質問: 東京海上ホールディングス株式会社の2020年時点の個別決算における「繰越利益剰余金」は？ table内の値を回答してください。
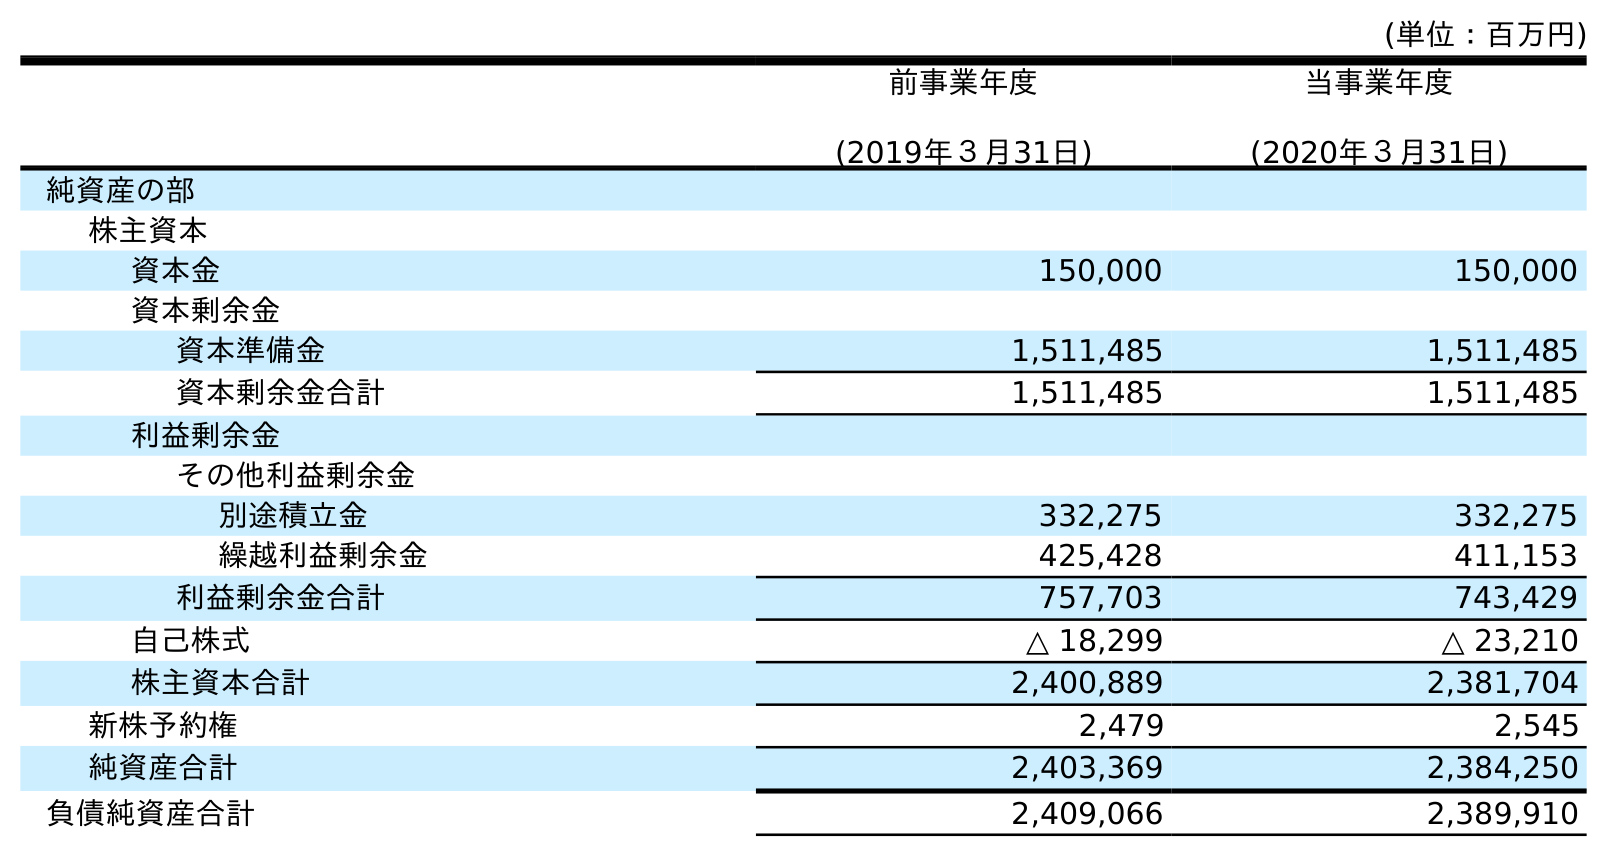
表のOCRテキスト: (単位：百万円) 前事業年度 (2019年３月31日) 当事業年度 (2020年３月31日) 純資産の部 株主資本 資本金 150,000 150,000 資本剰余金 資本準備金 1,511,485 1,511,485 資本剰余金合計 1,511,485 1,511,485 利益剰余金 その他利益剰余金 別途積立金 332,275 332,275 繰越利益剰余金 425,428 411,153 利益剰余金合計 757,703 743,429 自己株式 △ 18,299 △ 23,210 株主資本合計 2,400,889 2,381,704 新株予約権 2,479 2,545 純資産合計 2,403,369 2,384,250 負債純資産合計 2,409,066 2,389,910
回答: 411,153